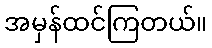
အမှန်ထင်ကြတယ်။